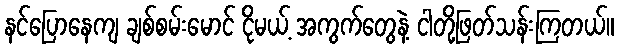
နင်ပြောနေကျ ချစ်စမ်းမောင် ငိုမယ့် အကွက်တွေနဲ့ ငါတို့ဖြတ်သန်းကြတယ်။